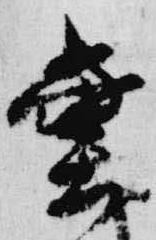
堂